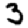
Digit: 3